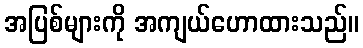
အပြစ်များကို အကျယ်ဟောထားသည်။